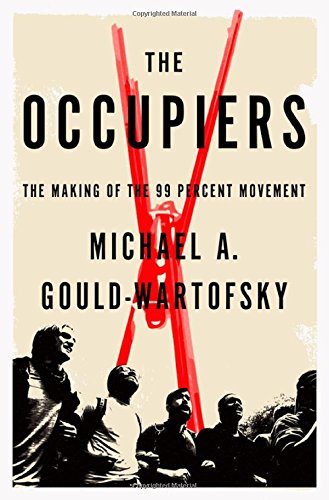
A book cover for The Occupiers: The Making of the 99 Percent Movement; Michael A. Gould-Wartofsky; Business & Money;